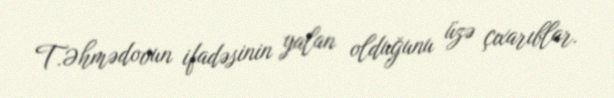
T.Əhmədovun ifadəsinin yalan olduğunu üzə çıxarıblar.